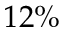
1 2 \%